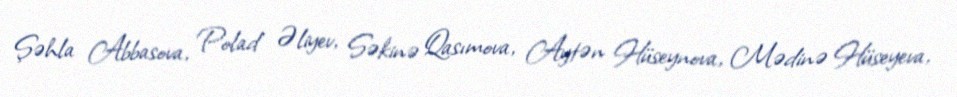
Şəhla Abbasova, Polad Əliyev, Səkinə Qasımova, Aytən Hüseynova, Mədinə Hüseyeva,